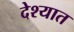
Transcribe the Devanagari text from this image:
देश्यात